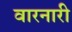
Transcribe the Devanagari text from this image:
वारनारी